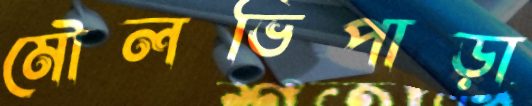
মৌলভিপাড়া